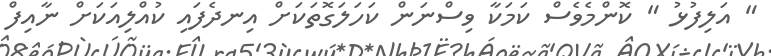
" އަލިފުޅު " ކޮންމެވެސް ކަމަކާ ވިސްނަން ކަހަލަގޮތަކަށް އިނދެފައި ކުއްލިއަކަށް ނާއިފް